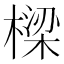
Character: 樑